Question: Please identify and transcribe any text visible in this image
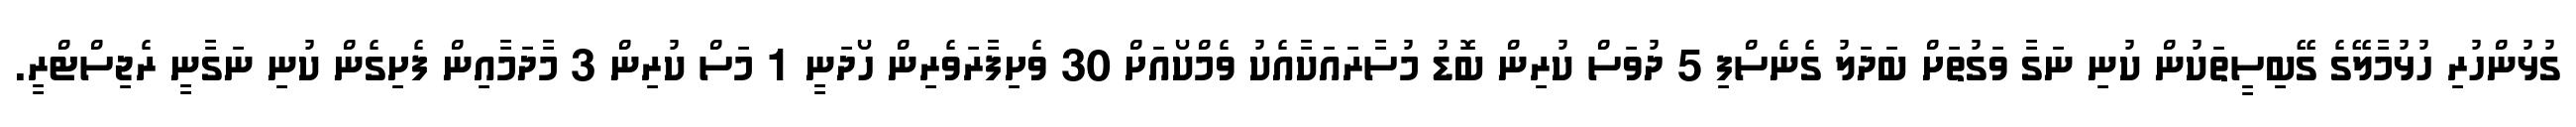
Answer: ގުޅުންހުރި ހުޅުމާލޭގެ ގޭބިސީތަކުން ކުނި ނަގާ ވަގުތަށް ބަދަލު ގެނެސްފި 5 ދުވަސް ކުރިން ބޮޑު މުސާރައަކާއެކު ވެމްކޯއަށް 30 ވެށިފާރަވެރިން ހޯދަނީ 1 މަސް ކުރިން 3 މާދަމާއިން ފެށިގެން ކުނި ނަގާނީ ރެޖިސްޓްރީ.